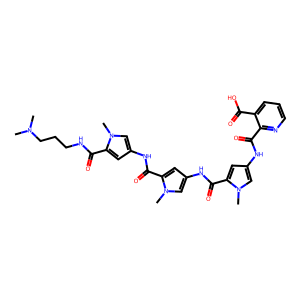
SMILES: CN(C)CCCNC(=O)c1cc(NC(=O)c2cc(NC(=O)c3cc(NC(=O)c4ncccc4C(=O)O)cn3C)cn2C)cn1C
Inhibits HIV replication: No